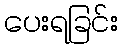
ပေးရခြင်း